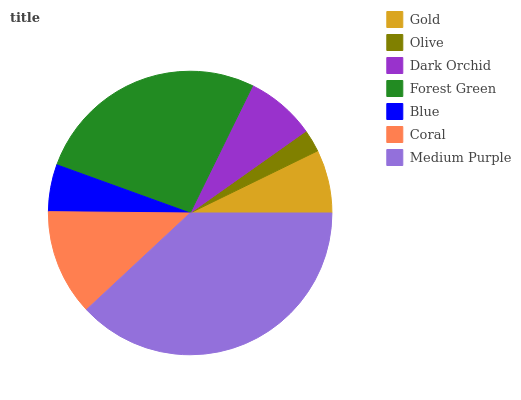
| Gold | Olive | Dark Orchid | Forest Green | Blue | Coral | Medium Purple |
 | --- | --- | --- | --- | --- | --- | --- |
 | 7.23% | 2.58% | 7.94% | 26.7% | 5.36% | 12.1% | 38% |